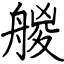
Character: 艐